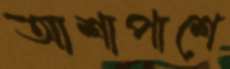
আশাপাশে